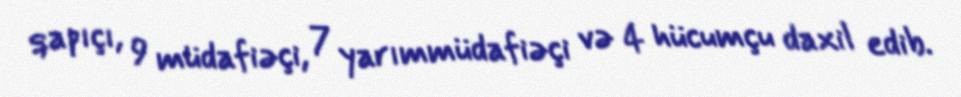
qapıçı, 9 müdafiəçi, 7 yarımmüdafiəçi və 4 hücumçu daxil edib.